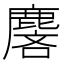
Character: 麐